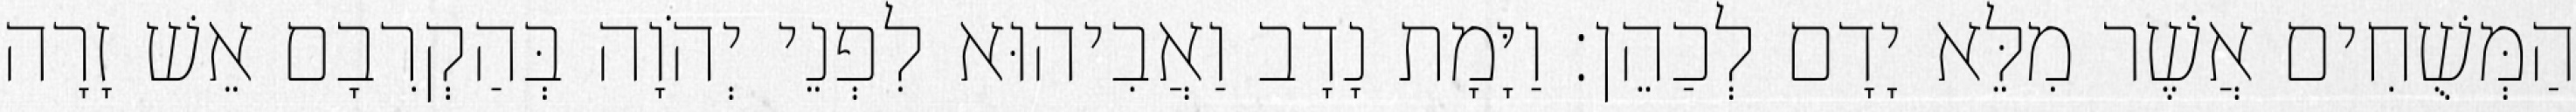
הַמְּשֻׁחִים אֲשֶׁר מִלֵּא יָדָם לְכַהֵן׃ וַיָּמָת נָדָב וַאֲבִיהוּא לִפְנֵי יְהֹוָה בְּהַקְרִבָם אֵשׁ זָרָה